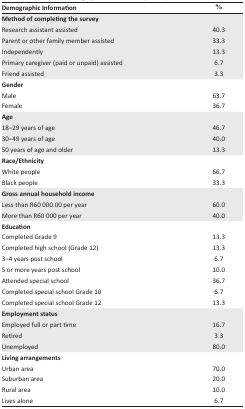
<table><thead><tr><td><b>Demographic Information</b></td><td><b>%</b></td></tr></thead><tbody><tr><td colspan="2"><b>Method of completing the survey</b></td></tr><tr><td>Research assistant assisted</td><td>40.3</td></tr><tr><td>Parent or other family member assisted</td><td>33.3</td></tr><tr><td>Independently</td><td>13.3</td></tr><tr><td>Primary caregiver (paid or unpaid) assisted</td><td>6.7</td></tr><tr><td>Friend assisted</td><td>3.3</td></tr><tr><td colspan="2"><b>Gender</b></td></tr><tr><td>Male</td><td>63.7</td></tr><tr><td>Female</td><td>36.7</td></tr><tr><td colspan="2"><b>Age</b></td></tr><tr><td>18–29 years of age</td><td>46.7</td></tr><tr><td>30–49 years of age</td><td>40.0</td></tr><tr><td>50 years of age and older</td><td>13.3</td></tr><tr><td colspan="2"><b>Race/Ethnicity</b></td></tr><tr><td>White people</td><td>66.7</td></tr><tr><td>Black people</td><td>33.3</td></tr><tr><td colspan="2"><b>Gross annual household income</b></td></tr><tr><td>Less than R60 000.00 per year</td><td>60.0</td></tr><tr><td>More than R60 000 per year</td><td>40.0</td></tr><tr><td colspan="2"><b>Education</b></td></tr><tr><td>Completed Grade 9</td><td>13.3</td></tr><tr><td>Completed high school (Grade 12)</td><td>13.3</td></tr><tr><td>3–4 years post school</td><td>6.7</td></tr><tr><td>5 or more years post school</td><td>10.0</td></tr><tr><td>Attended special school</td><td>36.7</td></tr><tr><td>Completed special school Grade 10</td><td>6.7</td></tr><tr><td>Completed special school Grade 12</td><td>13.3</td></tr><tr><td colspan="2"><b>Employment status</b></td></tr><tr><td>Employed full or part time</td><td>16.7</td></tr><tr><td>Retired</td><td>3.3</td></tr><tr><td>Unemployed</td><td>80.0</td></tr><tr><td colspan="2"><b>Living arrangements</b></td></tr><tr><td>Urban area</td><td>70.0</td></tr><tr><td>Suburban area</td><td>20.0</td></tr><tr><td>Rural area</td><td>10.0</td></tr><tr><td>Lives alone</td><td>6.7</td></tr></tbody></table>